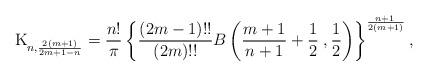
LaTeX: \begin{align*} {\rm K}_{n, {2(m+1)\over 2m+1-n}}={n! \over \pi} \left \{ {(2m-1)!!\over (2m)!!}B \left ({m+1 \over n+1}+{1\over 2}\;, {1\over 2} \right )\right \}^{ \!\! n+1 \over 2(m+1)},\end{align*}